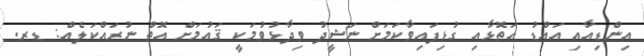
އިންޑިއާއި އައްޑު އަތޮޅާއި ގުޅިފައިވާކަމަށް ނަޝީދު ވިދާޅުވުމަކީ ޤައުމަށް އޮތް ނުރައްކަލެއް: ޑރ.